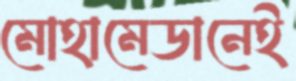
মোহামেডানেই